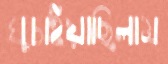
ঘুচাইয়াছিলাম